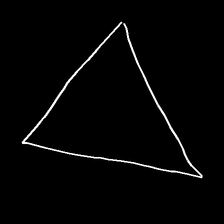
Glyph: convergence